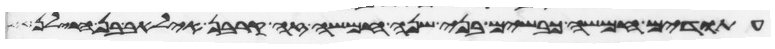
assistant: עתודים חמשה כבשים בני שנה חמשה זה קרבן אליאב בן